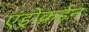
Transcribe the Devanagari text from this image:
एंड्रोक्रईन